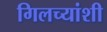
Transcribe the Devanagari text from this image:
गिलच्यांशी